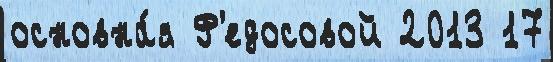
основна́я Ф'едосовой 2013 17